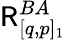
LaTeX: \mathsf{R}_{[q,p]_{1}}^{BA}